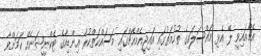
އެޗްއައިވީ ލޭ އެޅި މައްސަލައިގެ ތުހުމަތުގައި އައިޖީއެމްއެޗްގައި މަސައްކަތްކުރާ އިންޑިއާގެ ޓެކްނީޝަނެއް ކަމަށްވާ